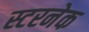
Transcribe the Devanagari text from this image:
स्टरनेक